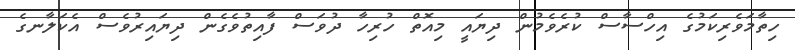
ހިތާމަވެރިކަމުގެ އިހްސާސް ކުރެވެމުން ދިޔައީ މިއޮތް ހުރިހާ ދުވަސް ފާއިތުވެގެން ދިޔައިރުވެސް އެކަލާނގެ